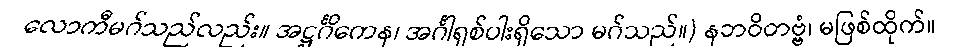
လောကီမဂ်သည်လည်း။ အဋ္ဌင်္ဂိကေန၊ အင်္ဂါရှစ်ပါးရှိသော မဂ်သည်။) နဘဝိတဗ္ဗံ၊ မဖြစ်ထိုက်။